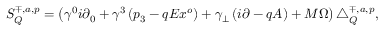
S _ { Q } ^ { \mp , a , p } = \left( \gamma ^ { 0 } i \partial _ { 0 } + \gamma ^ { 3 } \left( p _ { 3 } - q E x ^ { o } \right) + \gamma _ { \bot } \left( i \partial - q A \right) + M \Omega \right) \bigtriangleup _ { Q } ^ { \mp , a , p } ,